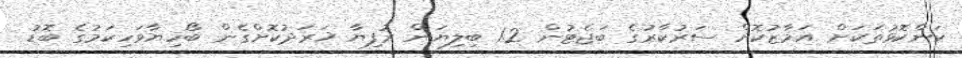
ކަންކޮޅުތަކަށް އަމާޒުކޮށް ސަރުކާރުގެ ބަޖެޓުން 1.2 ބިލިޔަން ރުފިޔާ ޚަރަދުކޮށްގެން ބޯހިޔާވަހިކަމުގެ ބޮޑު